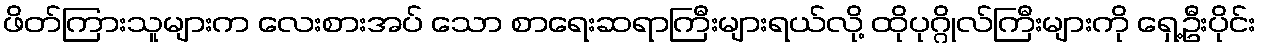
ဖိတ်ကြားသူများက လေးစားအပ် သော စာရေးဆရာကြီးများရယ်လို့ ထိုပုဂ္ဂိုလ်ကြီးများကို ရှေ့ဦးပိုင်း